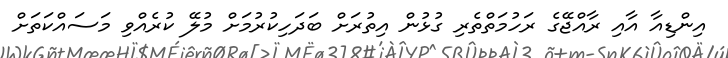
އިންޑިއާ އާއި ރާއްޖޭގެ ރަހުމަތްތެރި ގުޅުން އިތުރަށް ބަދަހިކުރުމަށް މުލޭ ކުރެއްވި މަސައްކަތަށް